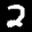
Label: 2